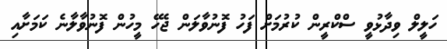
ހަލީލް ވިދާޅުވީ ސްކްރީން ކުރުމަށް ފަހު ފޮނުވާލަން ޖެހޭ މީހުން ފޮނުވާލާނެ ކަމަށާއި